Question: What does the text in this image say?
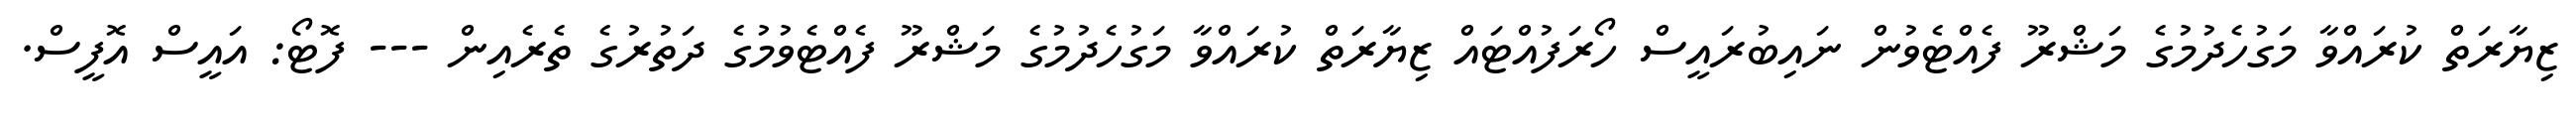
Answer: ޒިޔާރަތް ކުރައްވާ މަގުހެދުމުގެ މަޝްރޫ ފެއްޓެވުން ނައިބުރައީސް ހޯރަފުއްޓައް ޒިޔާރަތް ކުރައްވާ މަގުހެދުމުގެ މަޝްރޫ ފެއްޓެވުމުގެ ދަތުރުގެ ތެރެއިން --- ފޮޓޯ: އައީސް އޮފީސް.